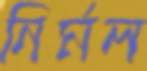
নির্মল